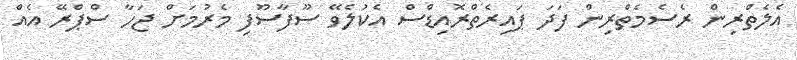
އެލެތްރިން ރެސެމެތްރިން ފަދަ ޕައިރެތްރޮއިޑްސް އެކުލެވޭ ސޫފާސޫފި މެރުމަށް ޖަހާ ސްޕްރޭ އެއް